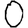
Digit: 0